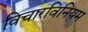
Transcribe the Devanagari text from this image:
विचारविनियम